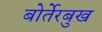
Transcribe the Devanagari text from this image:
बोर्तेरबुख